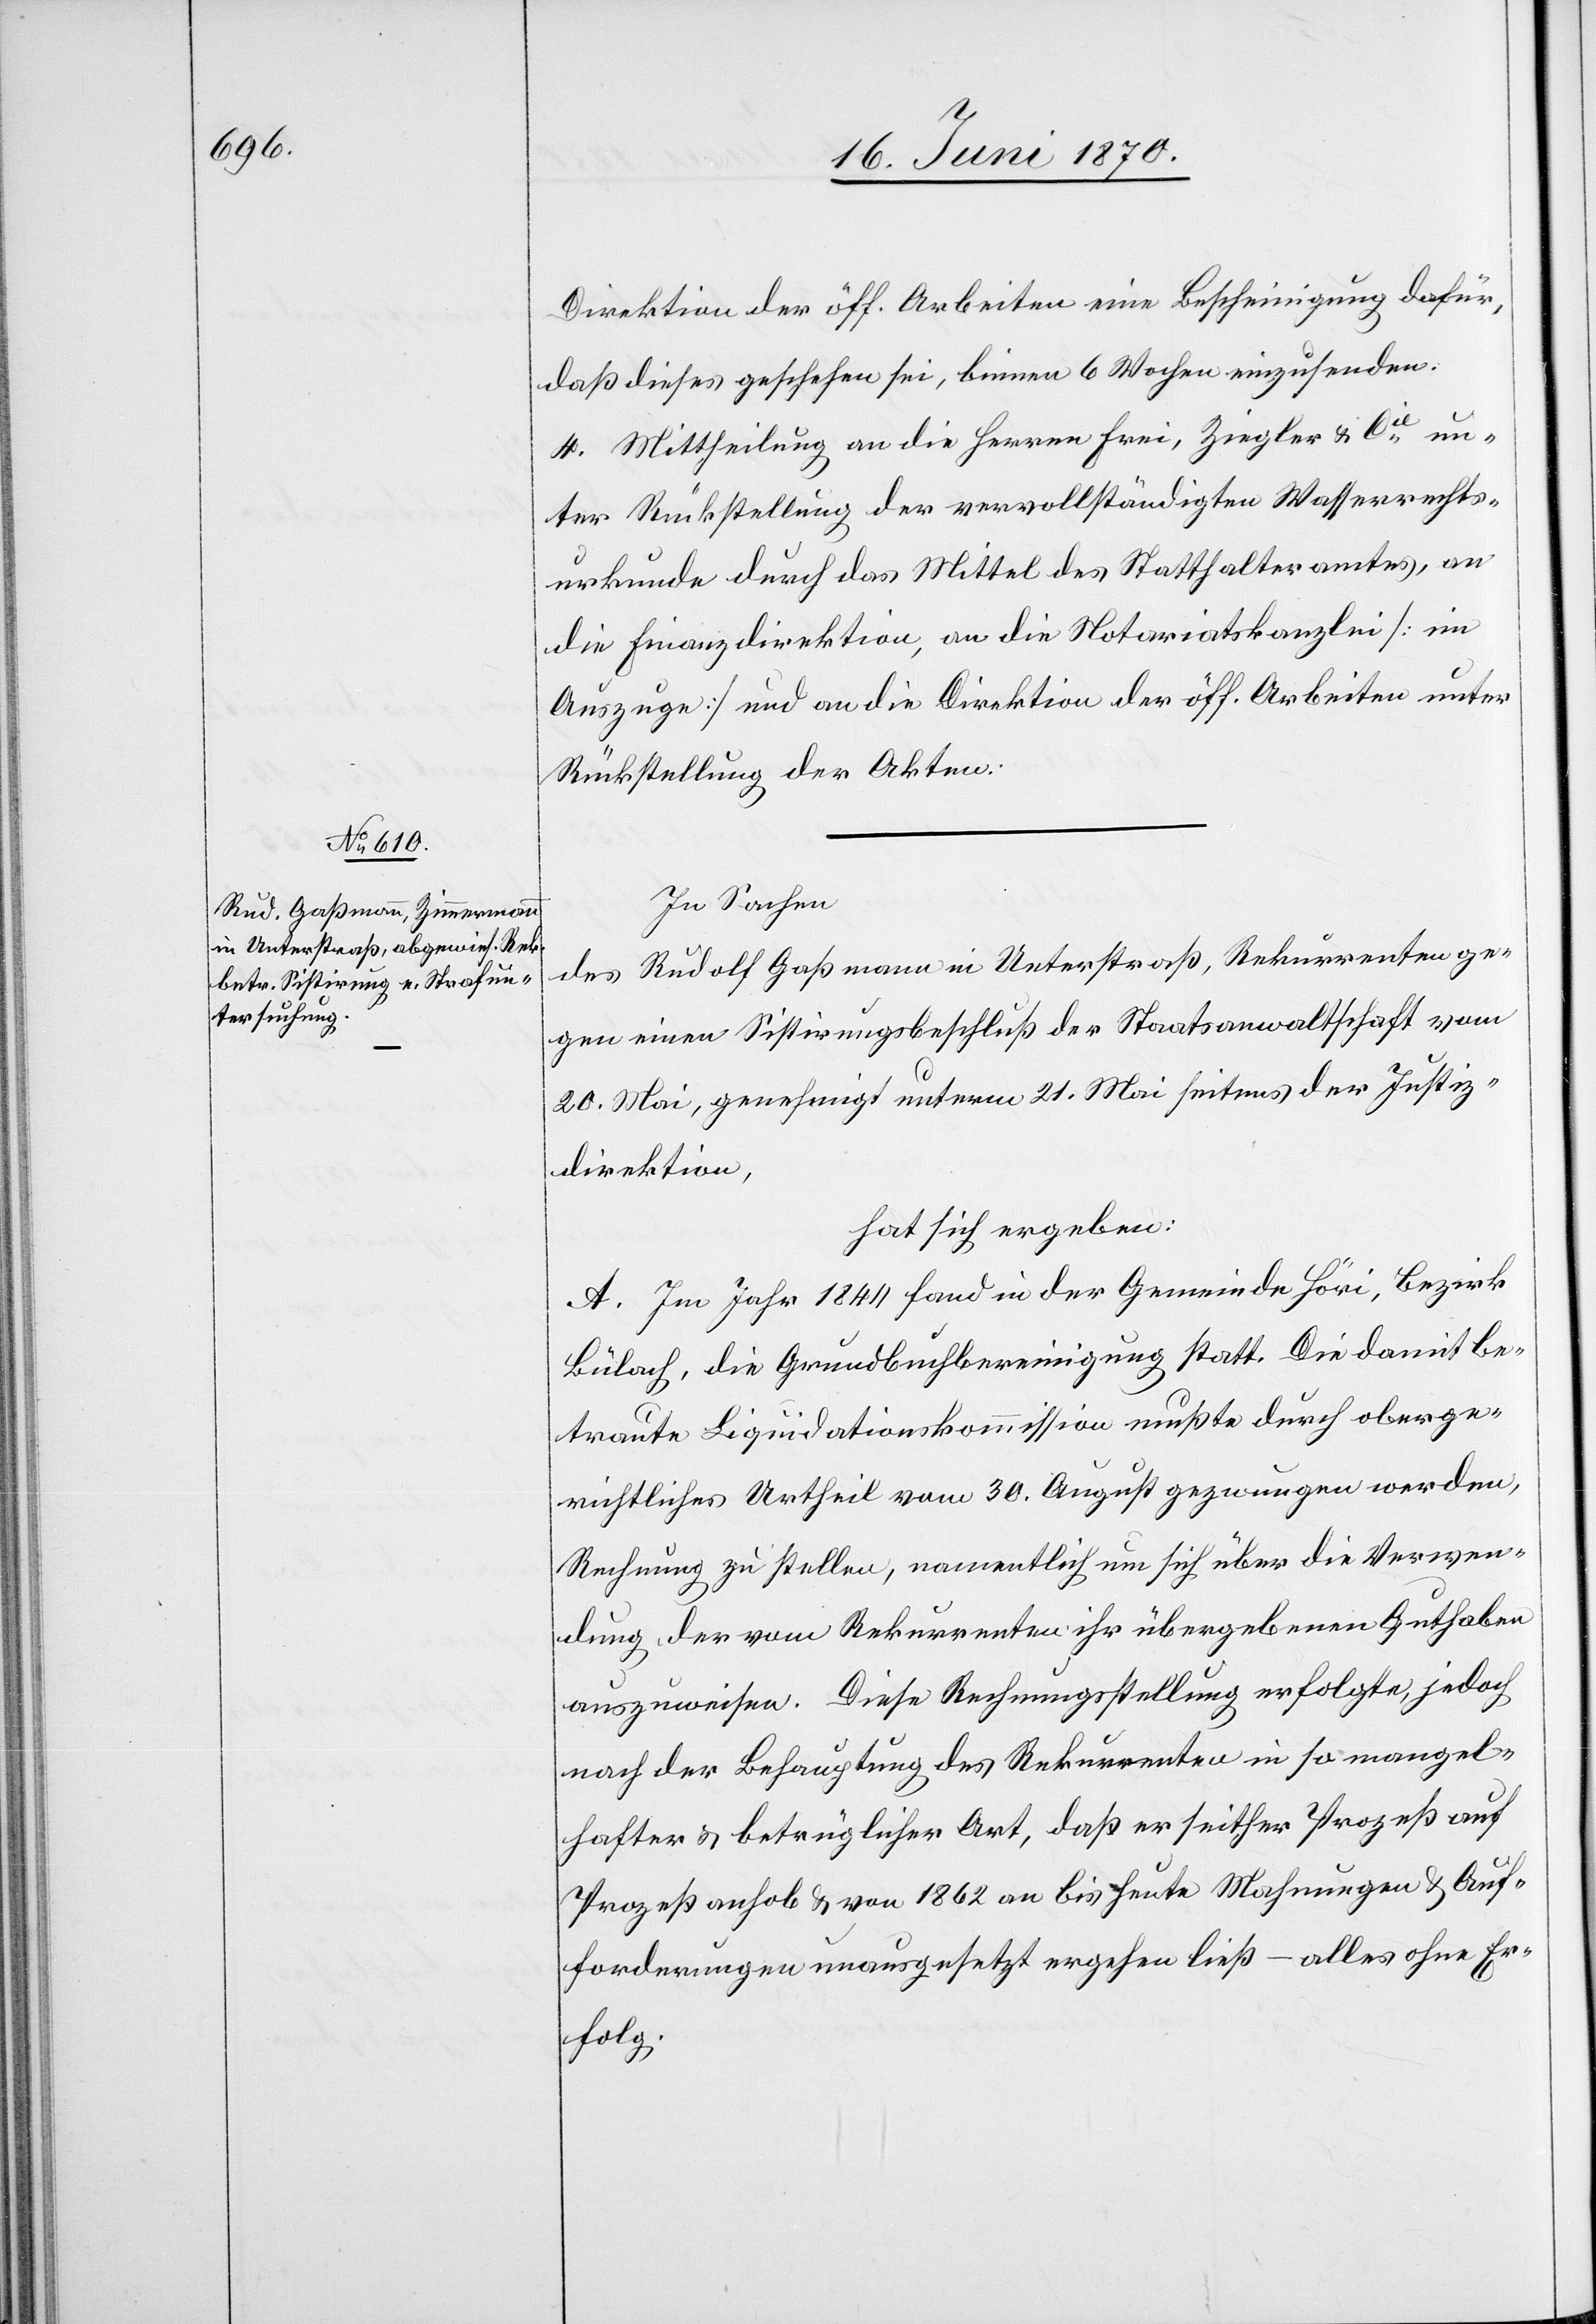
Direktion der öff. Arbeiten eine Bescheinigung dafür,
daß dieses geschehen sei, binnen 6 Wochen einzusenden.
4. Mittheilung an die Herren Frei, Ziegler & Cie un¬
ter Rückstellung der vervollständigten Wasserrechts¬
urkunde durch das Mittel des Statthalteramtes, an
die Finanzdirektion, an die Notariatskanzlei [im
Auszuge] und an die Direktion der öff. Arbeiten unter
Rückstellung der Akten.
In Sachen
des Rudolf Gaßmann in Unterstraß, Rekurrenten ge¬
gen einen Sistirungsbeschluß der Staatsanwaltschaft vom
20. Mai, genehmigt unter 21. Mai seitens der Justiz¬
direktion,
hat sich ergeben:
A. Im Jahr 1844 fand in der Gemeinde Höri, Bezirk
Bülach, die Grundbuchbereinigung statt. Die damit be¬
traute Liquidationskommission mußte durch oberge¬
richtliches Urtheil vom 30. August gezwungen werden,
Rechnung zu stellen, namentlich um sich über die Verwen¬
dung der vom Rekurrenten ihr übergebenen Guthaben
auszuweisen. Diese Rechnungsstellung erfolgte, jedoch
nach der Behauptung des Rekurrenten in so mangel¬
hafter & betrüglicher Art, daß er seither Prozeß auf
Prozeß anhob & von 1862 an bis heute Mahnungen & Auf¬
forderungen unausgesetzt ergehen ließ – alles ohne Er¬
folg.